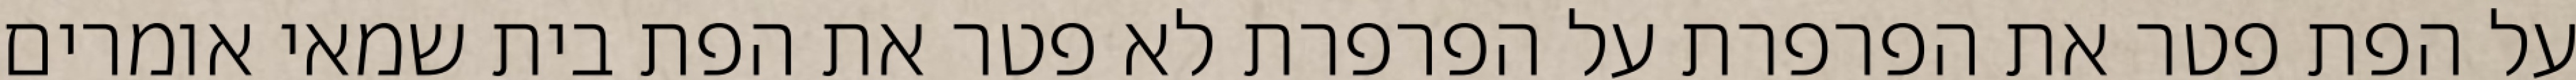
על הפת פטר את הפרפרת על הפרפרת לא פטר את הפת בית שמאי אומרים